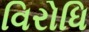
વિરોધિ